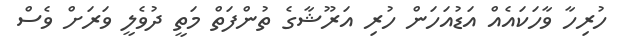
ހުރިހާ ވާހަކައެއް އަޑުއަހަން ހުރި އަރޫޝާގެ ތުންފަތް މަތީ ދުވެލީ ވަރަށް ވެސް